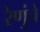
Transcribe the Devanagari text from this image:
रेणुंचे